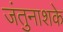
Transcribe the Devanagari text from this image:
जंतुनाशके